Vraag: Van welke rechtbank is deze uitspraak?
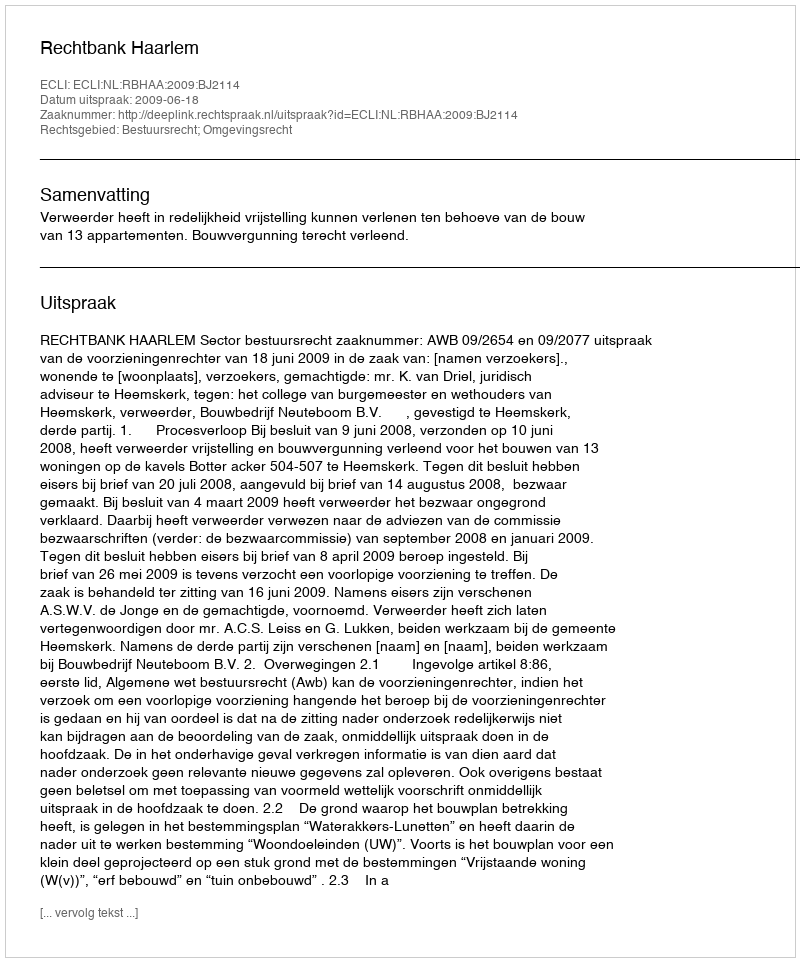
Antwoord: Rechtbank Haarlem